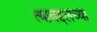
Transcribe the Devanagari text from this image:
त्याबद्दलच्या